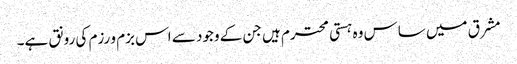
مشرق میں ساس وہ ہستی محترم ہیں جن کے وجود سے اس بزم و رزم کی رونق ہے۔